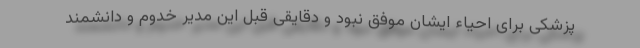
پزشکی برای احیاء ایشان موفق نبود و دقایقی قبل این مدیر خدوم و دانشمند